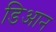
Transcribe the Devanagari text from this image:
डिआन